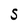
Character: S